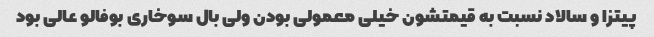
پیتزا و سالاد نسبت به قیمتشون خیلی معمولی بودن ولی بال سوخاری بوفالو عالی بود